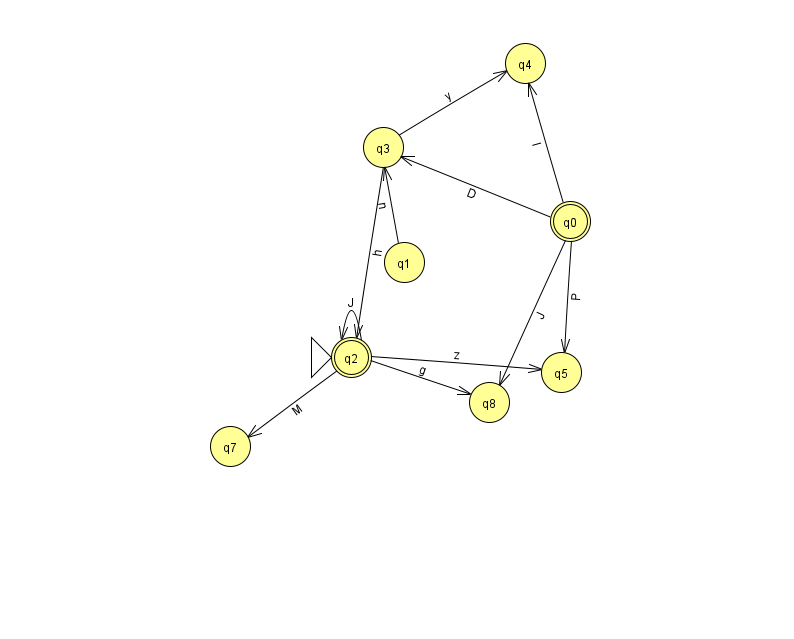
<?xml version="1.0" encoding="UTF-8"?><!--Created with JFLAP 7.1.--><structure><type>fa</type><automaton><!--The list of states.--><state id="0" name="q0"><x>570.0</x><y>208.0</y><final/></state><state id="1" name="q1"><x>404.0</x><y>249.0</y></state><state id="2" name="q2"><x>351.0</x><y>344.0</y><initial/><final/></state><state id="3" name="q3"><x>383.0</x><y>134.0</y></state><state id="4" name="q4"><x>525.0</x><y>50.0</y></state><state id="5" name="q5"><x>561.0</x><y>359.0</y></state><state id="7" name="q7"><x>230.0</x><y>433.0</y></state><state id="8" name="q8"><x>489.0</x><y>389.0</y></state><!--The list of transitions.--><transition><from>0</from><to>8</to><read>J</read></transition><transition><from>2</from><to>8</to><read>g</read></transition><transition><from>0</from><to>5</to><read>P</read></transition><transition><from>2</from><to>5</to><read>z</read></transition><transition><from>2</from><to>7</to><read>M</read></transition><transition><from>3</from><to>4</to><read>y</read></transition><transition><from>2</from><to>2</to><read>J</read></transition><transition><from>0</from><to>3</to><read>D</read></transition><transition><from>0</from><to>4</to><read>I</read></transition><transition><from>1</from><to>3</to><read>n</read></transition><transition><from>3</from><to>2</to><read>h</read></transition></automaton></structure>